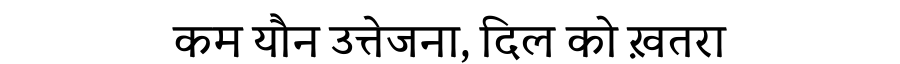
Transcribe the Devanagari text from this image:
कम यौन उत्तेजना, दिल को ख़तरा